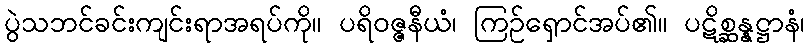
ပွဲသဘင်ခင်းကျင်းရာအရပ်ကို။ ပရိဝဇ္ဇနီယံ၊ ကြဉ်ရှောင်အပ်၏။ ပဋိစ္ဆန္နဋ္ဌာနံ၊